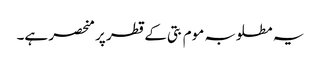
یہ مطلوبہ موم بتی کے قطر پر منحصر ہے۔